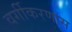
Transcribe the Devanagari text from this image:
वर्गीकरणास